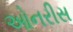
ઓનરીસ